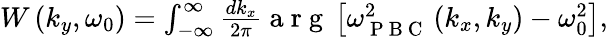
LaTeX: \begin{array}{r}{W\left(k_{y},\omega_{0}\right)=\int_{-\infty}^{\infty}\frac{dk_{x}}{2\pi}\mathrm{~a~r~g~}\left[\omega_{\mathrm{~P~B~C~}}^{2}\left(k_{x},k_{y}\right)-\omega_{0}^{2}\right],}\end{array}